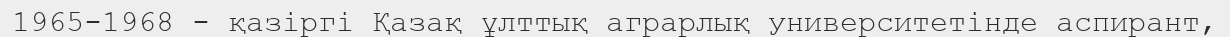
1965-1968 - қазіргі Қазақ ұлттық аграрлық университетінде аспирант,